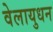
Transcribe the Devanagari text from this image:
वेलायुधन